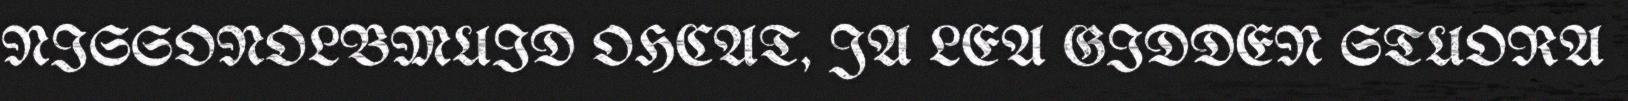
NISSONOLBMUID OHCAT, JA LEA GIDDEN STUORA